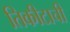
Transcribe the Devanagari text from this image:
तिकीटाची